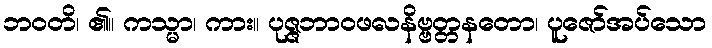
ဘဝတိ၊ ၏။ ကသ္မာ၊ ကား။ ပုဇ္ဇဘာဝဖလနိဗ္ဗတ္တနတော၊ ပူဇော်အပ်သော